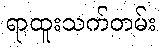
ရာထူးသက်တမ်း